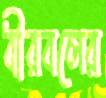
বীরবলের